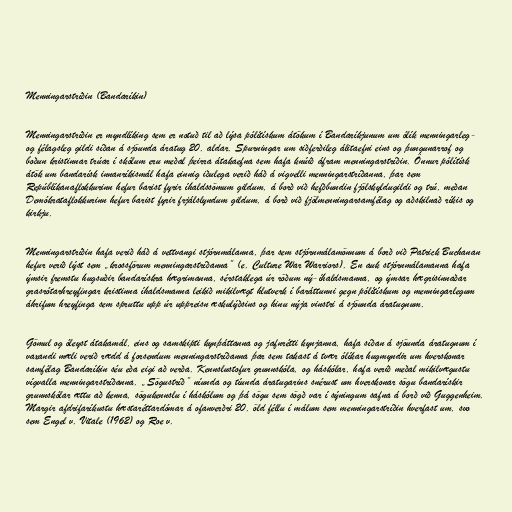
Menningarstríðin (Bandaríkin)

Menningarstríðin er myndlíking sem er notuð til að lýsa pólítískum átökum í Bandaríkjunum um ólík menningarleg-
og félagsleg gildi síðan á sjöunda áratug 20. aldar. Spurningar um siðferðileg álitaefni eins og þungunarrof og
boðun kristinnar trúar í skólum eru meðal þeirra átakaefna sem hafa knúið áfram menningarstríðin. Önnur pólítísk
átök um bandarísk innanríkismál hafa einnig iðulega verið háð á vigvelli menningarstríðanna, þar sem
Repúblíkanaflokkurinn hefur barist fyrir íhaldssömum gildum, á borð við hefðbundin fjölskyldugildi og trú, meðan
Demókrataflokkurinn hefur barist fyrir frjálslyndum gildum, á borð við fjölmenningarsamfélag og aðskilnað ríkis og
kirkju.

Menningarstríðin hafa verið háð á vettvangi stjórnmálanna, þar sem stjórnmálamönnum á borð við Patrick Buchanan
hefur verið lýst sem „krossförum menningarstríðanna” (e. Culture War Warriors). En auk stjórnmálamanna hafa
ýmsir fremstu hugsuðir bandarískra hægrimanna, sérstaklega úr röðum ný-íhaldsmanna, og ýmsar hægrisinnaðar
grasrótarhreyfingar kristinna íhaldsmanna leikið mikilvægt hlutverk í baráttunni gegn pólítískum og menningarlegum
áhrifum hreyfinga sem spruttu upp úr uppreisn æskulýðsins og hinu nýja vinstri á sjöunda áratugnum.

Gömul og óleyst átakamál, eins og samskipti kynþáttanna og jafnrétti kynjanna, hafa síðan á sjöunda áratugnum í
vaxandi mæli verið rædd á forsendum menningarstríðanna þar sem takast á tvær ólíkar hugmyndir um hverskonar
samfélag Bandaríkin séu eða eigi að verða. Kennslustofur grunnskóla, og háskólar, hafa verið meðal mikilvægustu
vígvalla menningarstríðanna. „Sögustríð” níunda og tíunda áratugarins snérust um hverskonar sögu bandarískir
grunnskólar ættu að kenna, sögukennslu í háskólum og þá sögu sem sögð var í sýningum safna á borð við Guggenheim.
Margir afdrifaríkustu hæstaréttardómar á ofanverðri 20. öld féllu í málum sem menningarstríðin hverfast um, svo
sem Engel v. Vitale (1962) og Roe v.